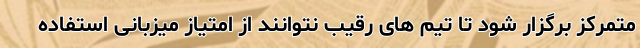
متمرکز برگزار شود تا تیم های رقیب نتوانند از امتیاز میزبانی استفاده